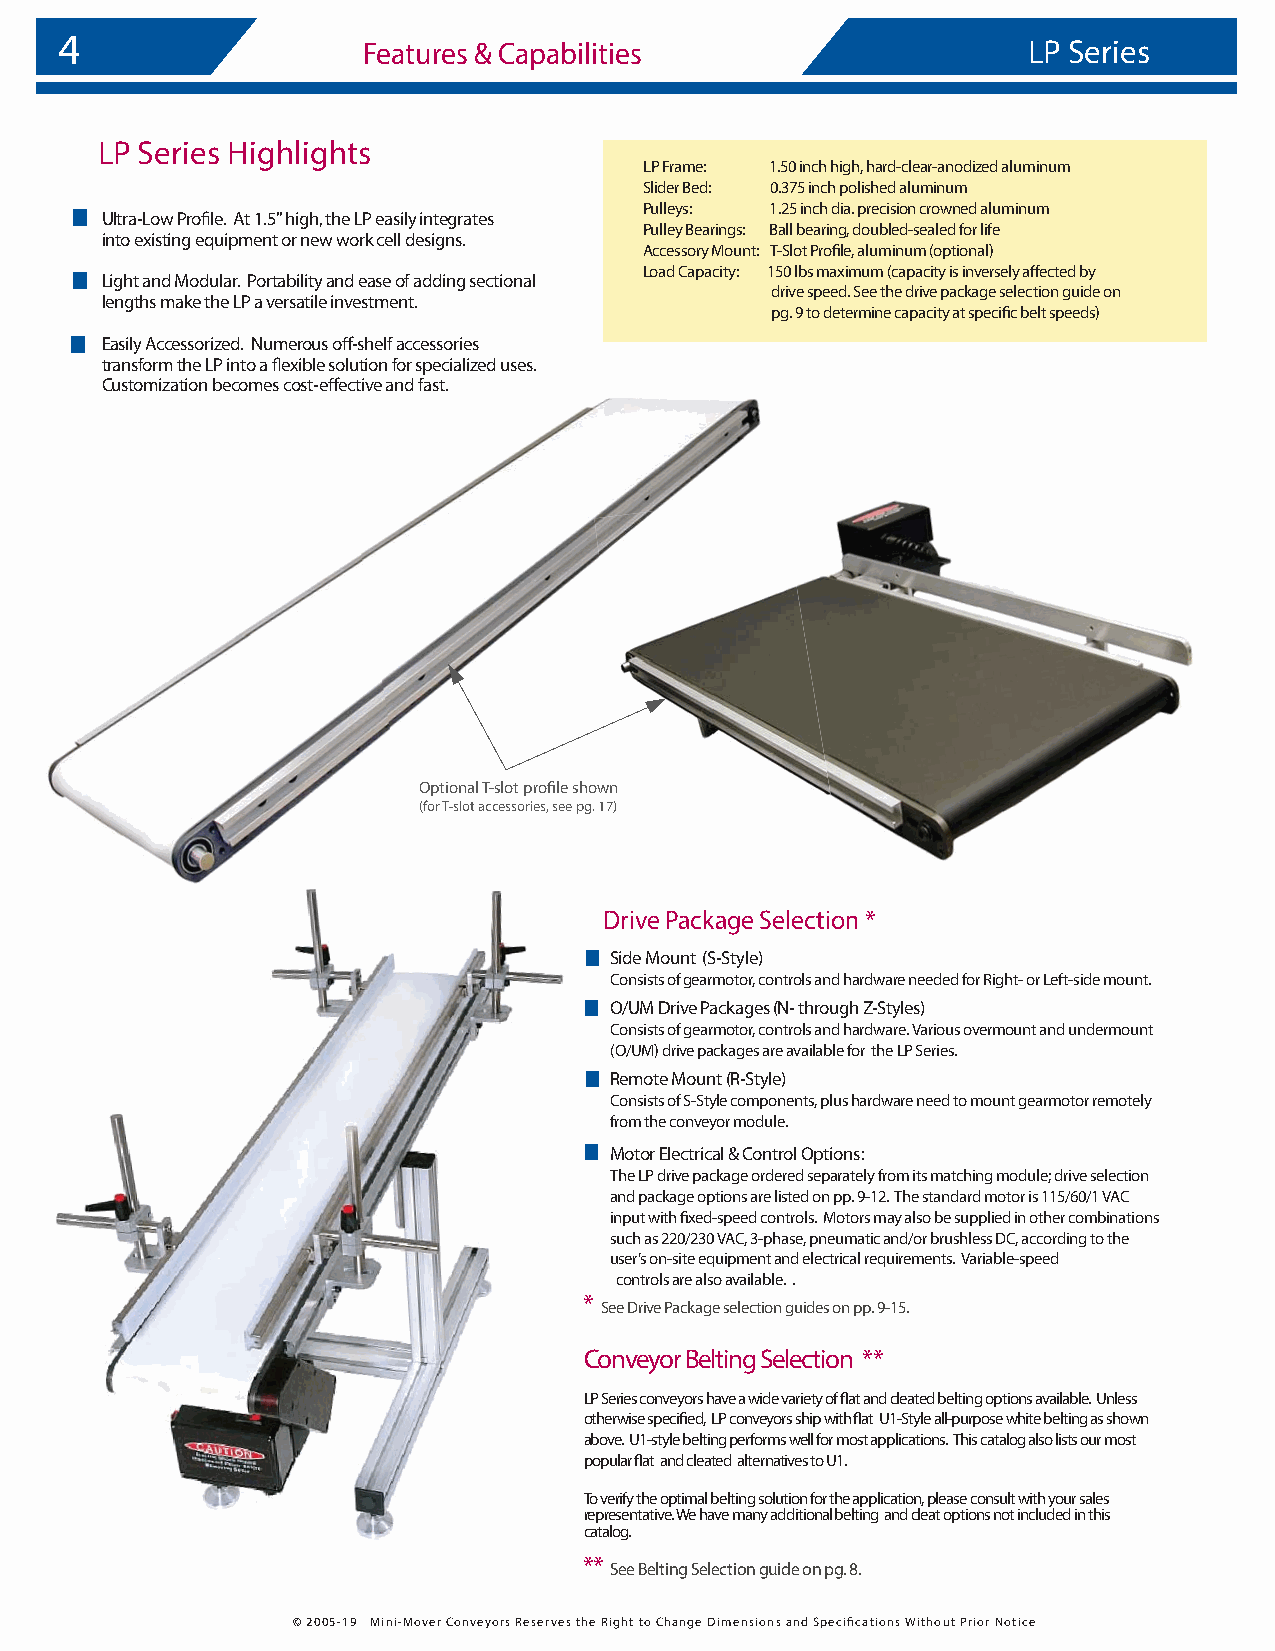
4
 Features & Capabilities                     LP Series
 LP Series Highlights
 LP Frame: 1.50 inch high, hard-clear-anodized aluminum
 Slider Bed: 0.375 inch polished aluminum
 Pulleys: 1.25 inch dia. precision crowned aluminum
 Ultra-Low Profile. At 1.5'' high, the LP easily integrates
 Pulley Bearings: Ball bearing, doubled-sealed for life
 into existing equipment or new work cell designs.
 Accessory Mount: T-Slot Profile, aluminum (optional)
 Load Capacity: 150 lbs maximum (capacity is inversely affected by
 Light and Modular. Portability and ease of adding sectional
 drive speed. See the drive package selection guide on
 lengths make the LP a versatile investment.
 pg. 9 to determine capacity at specific belt speeds)
 Easily Accessorized. Numerous off-shelf accessories
 transform the LP into a flexible solution for specialized uses.
 Customization becomes cost-effective and fast.
 Optional T-slot profile shown
 (for T-slot accessories, see pg. 17)
 Drive Package Selection *
 Side Mount (S-Style)
 Consists of gearmotor, controls and hardware needed for Right- or Left-side mount.
 O/UM Drive Packages (N- through Z-Styles)
 Consists of gearmotor, controls and hardware. Various overmount and undermount
 (O/UM) drive packages are available for the LP Series.
 Remote Mount (R-Style)
 Consists of S-Style components, plus hardware need to mount gearmotor remotely
 from the conveyor module.
 Motor Electrical & Control Options:
 The LP drive package ordered separately from its matching module; drive selection
 and package options are listed on pp. 9-12. The standard motor is 115/60/1 VAC
 input with fixed-speed controls. Motors may also be supplied in other combinations
 such as 220/230 VAC, 3-phase, pneumatic and/or brushless DC, according to the
 user’s on-site equipment and electrical requirements. Variable-speed
 controls are also available. .
 *
 See Drive Package selection guides on pp. 9-15.
 Conveyor Belting Selection **
 LP Series conveyors have a wide variety of flat and cleated belting options available. Unless
 otherwise specified, LP conveyors ship with flat U1-Style all-purpose white belting as shown
 above. U1-style belting performs well for most applications. This catalog also lists our most
 popular flat and cleated alternatives to U1.
 To verify the optimal belting solution for the application, please consult with your sales
 representative. We have many additional belting and cleat options not included in this
 catalog.
 **
 See Belting Selection guide on pg. 8.
 © 2005-19 Mini-Mover Conveyors Reserves the Right to Change Dimensions and Specifications Without Prior Notice